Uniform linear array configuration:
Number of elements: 8
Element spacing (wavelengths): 0.75
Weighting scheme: hann
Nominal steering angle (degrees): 45
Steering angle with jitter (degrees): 43.597
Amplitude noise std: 0.05
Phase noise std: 0.05

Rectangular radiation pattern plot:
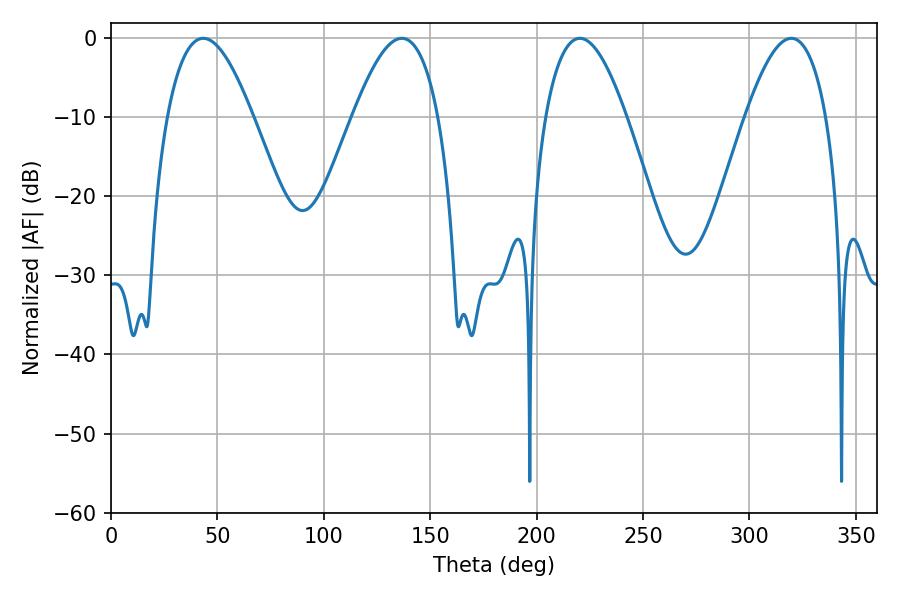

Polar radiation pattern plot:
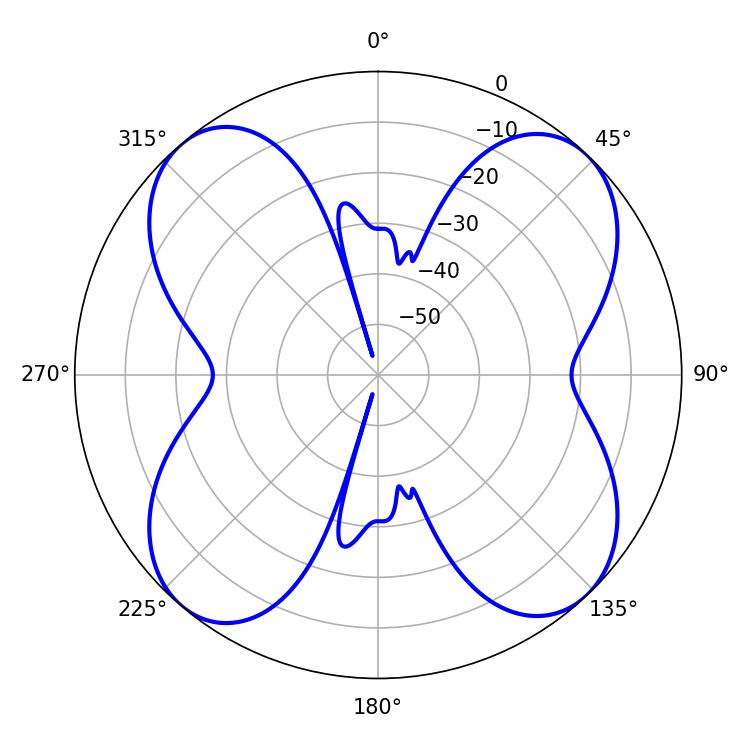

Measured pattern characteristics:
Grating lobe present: TRUE
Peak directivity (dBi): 14.932
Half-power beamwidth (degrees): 20.88
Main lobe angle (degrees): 220.32